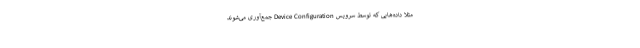
مثلا داده‌هایی که توسط سرویس Device Configuration جمع‌آوری می‌شوند